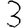
Digit: 3